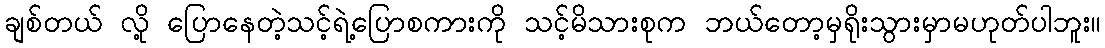
ချစ်တယ် လို့ ပြောနေတဲ့သင့်ရဲ့ပြောစကားကို သင့်မိသားစုက ဘယ်တော့မှရိုးသွားမှာမဟုတ်ပါဘူး။